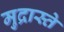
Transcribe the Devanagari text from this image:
मुद्रास्ते